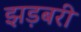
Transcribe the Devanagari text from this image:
झड़बरी